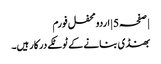
| صفحہ 5 | اردو محفل فورم
بھنڈی بنانے کے ٹوٹکے درکار ہیں۔